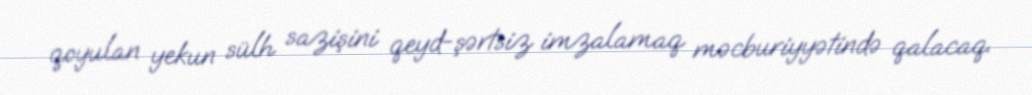
qoyulan yekun sülh sazişini qeyd-şərtsiz imzalamaq məcburiyyətində qalacaq.